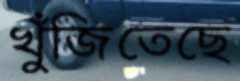
খুঁজিতেছে